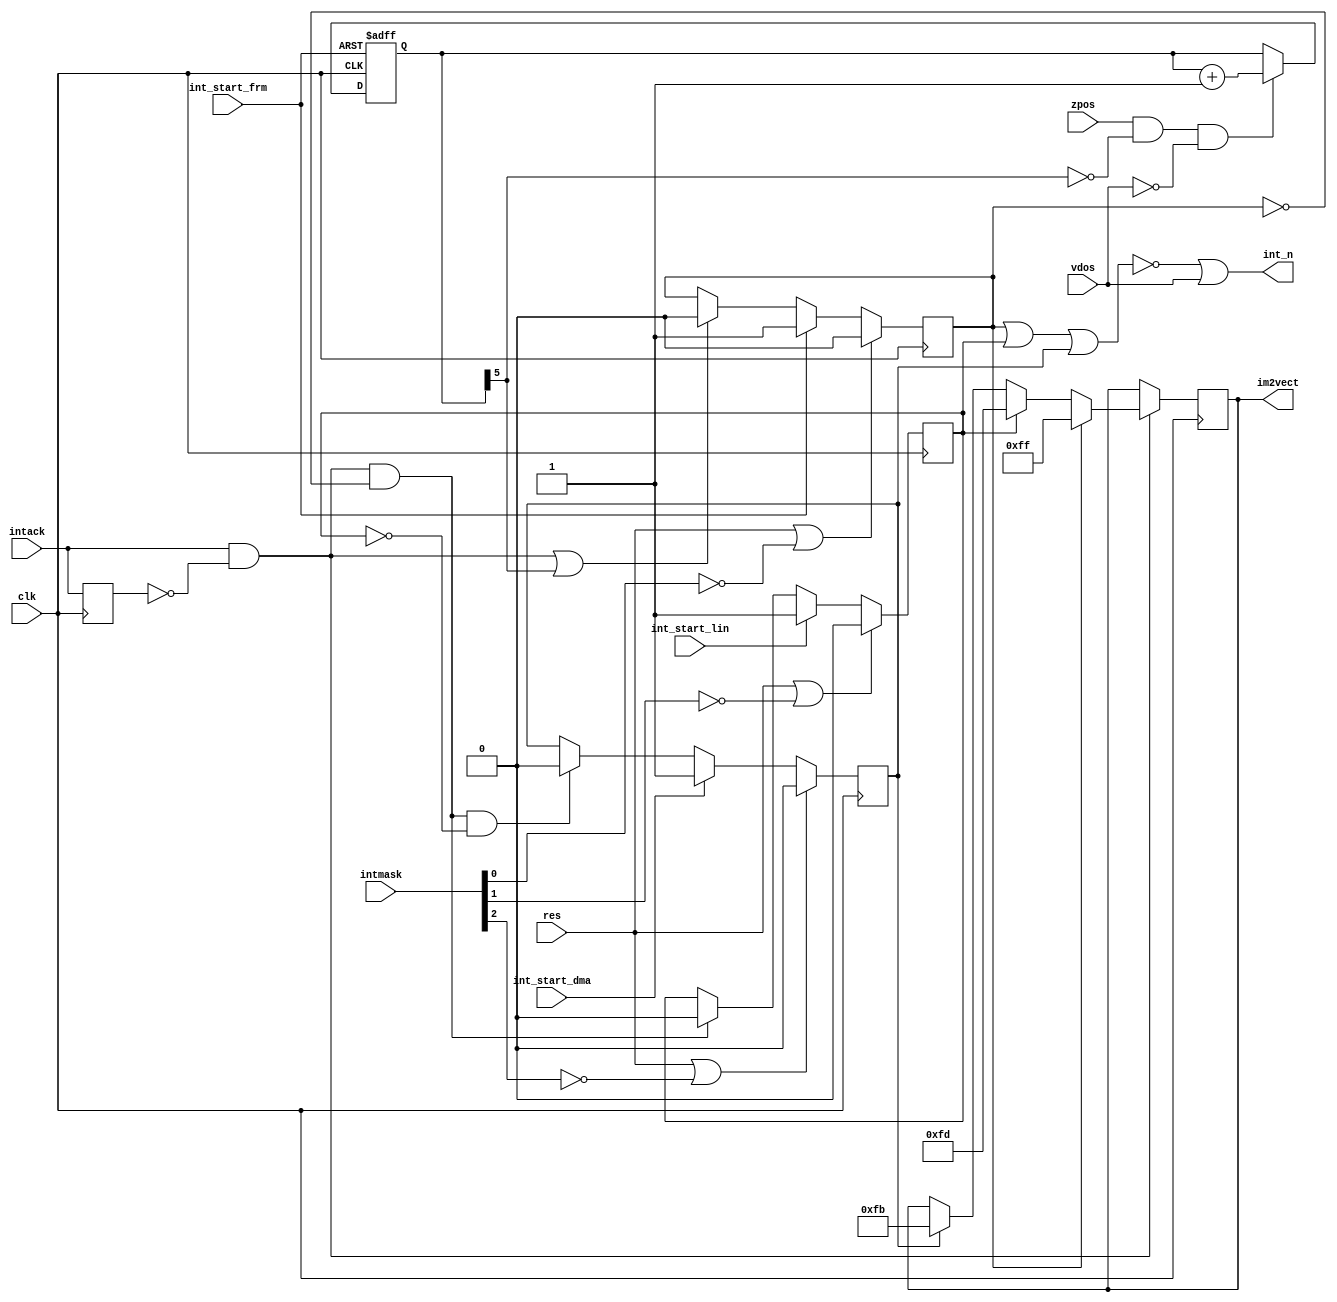
module zint
(
  input wire clk,
  input wire zpos,
  input wire res,
  input wire int_start_frm,
  input wire int_start_lin,
  input wire int_start_dma,
  input wire vdos,
  input wire intack,
  input wire [7:0] intmask,
  output reg [7:0] im2vect,
  output wire int_n
);

// In VDOS INTs are focibly disabled.
// For Frame, Line INT its generation is blocked, it will be lost.
// For DMA INT only its output is blocked, so DMA ISR will will be processed as soon as returned from VDOS.

assign int_n = ~(int_frm || int_lin || int_dma) | vdos;

wire dis_int_frm = !intmask[0];
wire dis_int_lin = !intmask[1];
wire dis_int_dma = !intmask[2];

wire intack_s = intack && !intack_r;
reg intack_r;
always @(posedge clk) intack_r <= intack;

reg [1:0] int_sel;
always @(posedge clk) begin
	if (intack_s) begin
			  if (int_frm) im2vect <= 8'hFF;    // priority 0
		else if (int_lin) im2vect <= 8'hFD;    // priority 1
		else if (int_dma) im2vect <= 8'hFB;    // priority 2
	end
end

// ~INT generating
reg int_frm;
always @(posedge clk) begin
		  if (res || dis_int_frm)     int_frm <= 0;
	else if (int_start_frm)          int_frm <= 1;
	else if (intack_s || intctr_fin) int_frm <= 0;   // priority 0
end

reg int_lin;
always @(posedge clk) begin
		  if (res || dis_int_lin)   int_lin <= 0;
	else if (int_start_lin)        int_lin <= 1;
	else if (intack_s && !int_frm) int_lin <= 0;   // priority 1
end

reg int_dma;
always @(posedge clk) begin
		  if (res || dis_int_dma)               int_dma <= 0;
	else if (int_start_dma)                    int_dma <= 1;
	else if (intack_s && !int_frm && !int_lin) int_dma <= 0; // priority 2
end

// ~INT counter
reg [5:0] intctr;
wire intctr_fin = intctr[5];   // 32 clks

always @(posedge clk, posedge int_start_frm) begin
	if (int_start_frm) intctr <= 0;
	else if (zpos && !intctr_fin && !vdos) intctr <= intctr + 1'b1;
end

endmodule